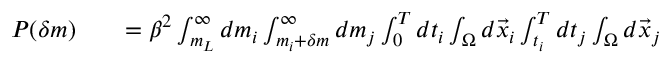
\begin{array} { r l r } { P ( \delta m ) } & { { } } & { = \beta ^ { 2 } \int _ { m _ { L } } ^ { \infty } d m _ { i } \int _ { m _ { i } + \delta m } ^ { \infty } d m _ { j } \int _ { 0 } ^ { T } d t _ { i } \int _ { \Omega } d \vec { x } _ { i } \int _ { t _ { i } } ^ { T } d t _ { j } \int _ { \Omega } d \vec { x } _ { j } } \end{array}